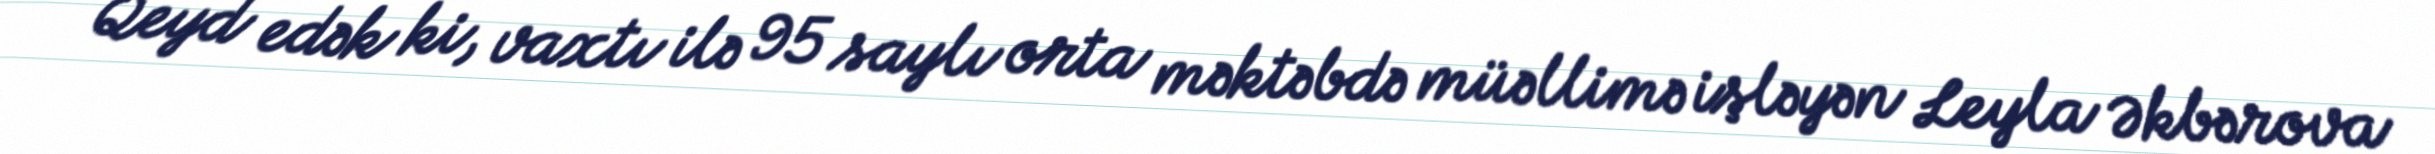
Qeyd edək ki, vaxtı ilə 95 saylı orta məktəbdə müəllimə işləyən Leyla Əkbərova